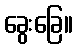
ခွေးခြေ။